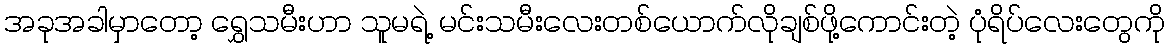
အခုအခါမှာတော့ ရွှေသမီးဟာ သူမရဲ့ မင်းသမီးလေးတစ်ယောက်လိုချစ်ဖို့ကောင်းတဲ့ ပုံရိပ်လေးတွေကို